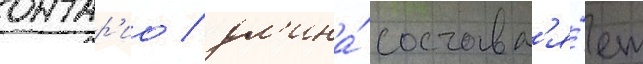
онтар'ио / дл'ина́ составл'я́ет